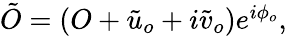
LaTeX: \begin{array}{r}{\tilde{O}=(O+\tilde{u}_{o}+i\tilde{v}_{o})e^{i\phi_{o}},}\end{array}